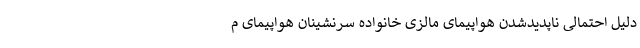
دلیل احتمالی ناپدیدشدن هواپیمای مالزی خانواده سرنشینان هواپیمای م